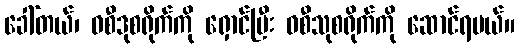
ခေါ်တယ်၊ ဝစီဒုစရိုက်ကို ရှောင်ပြီး ဝစီသုစရိုက်ကို ဆောင်ရမယ်။